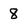
Character: 8